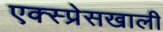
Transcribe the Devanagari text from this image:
एक्स्प्रेसखाली